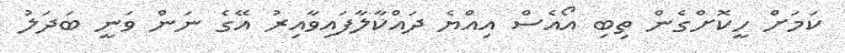
ކަމަށް ހީކޮށްގެން ތިބި އޯއެސް އިއްޔެ ދައްކާލާފައިވާއިރު އޭގެ ނަން ވަނީ ބަދަލު